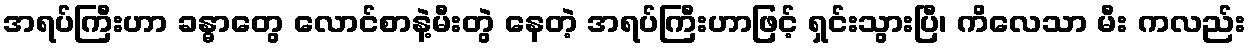
အရပ်ကြီးဟာ ခန္ဓာတွေ လောင်စာနဲ့မီးတွဲ နေတဲ့ အရပ်ကြီးဟာဖြင့် ရှင်းသွားပြီ၊ ကိလေသာ မီး ကလည်း